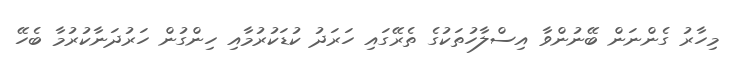
މިހާރު ގެންނަން ބޭނުންވާ އިސްލާހުތަކުގެ ތެރޭގައި ހަރަދު ކުޑަކުރުމާއި ހިންގުން ހަރުދަނާކުރުމާ ބެހޭ